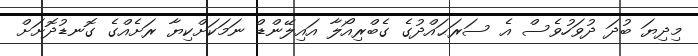
މިދިޔަ ބުދަ ދުވަހުވެސް އެ ސަރަޙައްދުގެ ގެބްރިއޯލާ އައިލޭންޑް ނަމަކަށްކިޔާ ރަށެއްގެ ގޮނޑުދޮށަށް